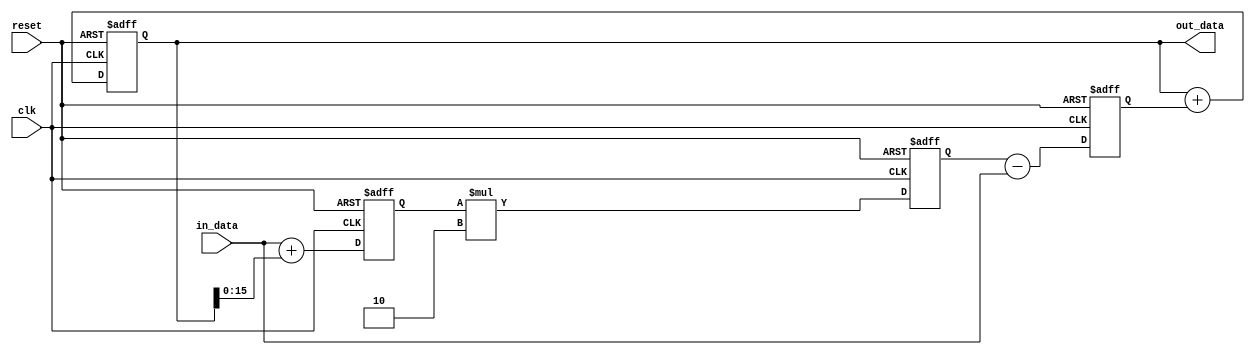
module PipelineAccumulator (
    input wire clk,
    input wire reset,
    input wire [15:0] in_data,
    output wire [31:0] out_data
);

reg [15:0] stage1_out, stage2_out, stage3_out;
reg [31:0] accumulator;

always @(posedge clk or posedge reset) begin
    if (reset) begin
        stage1_out <= 16'b0;
        stage2_out <= 16'b0;
        stage3_out <= 16'b0;
        accumulator <= 32'b0;
    end else begin
        stage1_out <= in_data + accumulator;
        stage2_out <= stage1_out * 2;
        stage3_out <= stage2_out - in_data;
        accumulator <= accumulator + stage3_out;
    end
end

assign out_data = accumulator;

endmodule